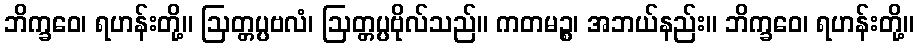
ဘိက္ခဝေ၊ ရဟန်းတို့။ ဩတ္တပ္ပဗလံ၊ ဩတ္တပ္ပဗိုလ်သည်။ ကတမဉ္စ၊ အဘယ်နည်း။ ဘိက္ခဝေ၊ ရဟန်းတို့။